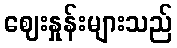
ဈေးနှုန်းများသည်